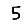
Digit: 5